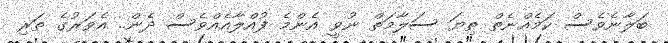
ބަލާނެވެސް ކަމެއްނެތް ތިޔަ ސަލާމަތް ނުވީ އެންމެ ފުއްލާއެއްވެސް ދެން.. އެވަރުގެ ތަރި